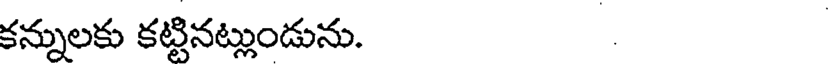
కన్నులకు కట్టినట్లుండును.